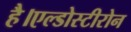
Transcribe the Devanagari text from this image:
है।एल्डोस्टीरोन